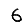
Digit: 6